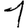
Digit: 1